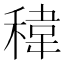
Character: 稦